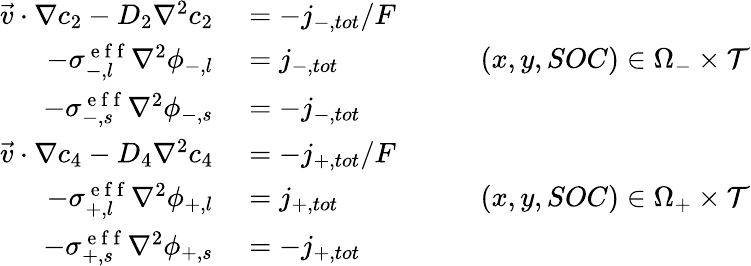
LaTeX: \begin{array}{rlr}{\vec{v}\cdot\nabla c_{2}-D_{2}\nabla^{2}c_{2}}&{{}=-j_{-,tot}/F}&{}\\ {-\sigma_{-,l}^{\mathrm{~e~f~f~}}\nabla^{2}\phi_{-,l}}&{{}=j_{-,tot}}&{\qquad(x,y,SOC)\in\Omega_{-}\times\mathcal{T}}\\ {-\sigma_{-,s}^{\mathrm{~e~f~f~}}\nabla^{2}\phi_{-,s}}&{{}=-j_{-,tot}}&{}\\ {\vec{v}\cdot\nabla c_{4}-D_{4}\nabla^{2}c_{4}}&{{}=-j_{+,tot}/F}&{}\\ {-\sigma_{+,l}^{\mathrm{~e~f~f~}}\nabla^{2}\phi_{+,l}}&{{}=j_{+,tot}}&{\qquad(x,y,SOC)\in\Omega_{+}\times\mathcal{T}}\\ {-\sigma_{+,s}^{\mathrm{~e~f~f~}}\nabla^{2}\phi_{+,s}}&{{}=-j_{+,tot}}&{}\end{array}